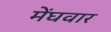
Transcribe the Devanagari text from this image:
मेंघवार